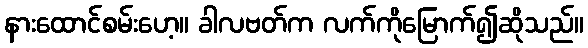
နားထောင်စမ်းဟေ့။ ခါလဗတ်က လက်ကိုမြောက်၍ဆိုသည်။